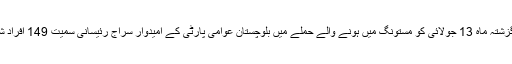
خیال رہے کہ گزشتہ ماہ 13 جولائی کو مستونگ میں ہونے والے حملے میں بلوچستان عوامی پارٹی کے امیدوار سراج رئیسانی سمیت 149 افراد شہید ہوئے تھے۔